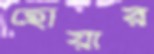
হোয়ার